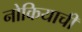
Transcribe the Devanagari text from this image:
नोकियाची